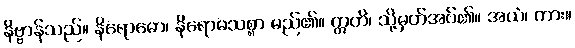
နိဗ္ဗာန်သည်။ နိရောဓော၊ နိရောဓသစ္စာ မည်၏။ ဣတိ၊ သို့မှတ်အပ်၏။ အယံ၊ ကား။